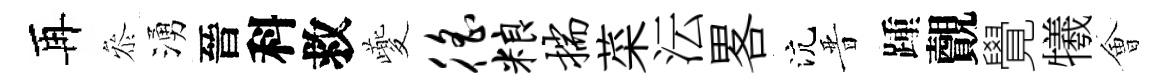
再叅湧晉科救夔徭粮揣菜沄畧沆晋踵覿覺犧㑹